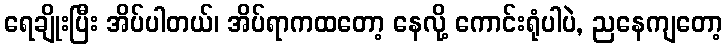
ရေချိုးပြီး အိပ်ပါတယ်၊ အိပ်ရာကထတော့ နေလို့ ကောင်းရုံပါပဲ, ညနေကျတော့